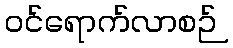
ဝင်ရောက်လာစဉ်